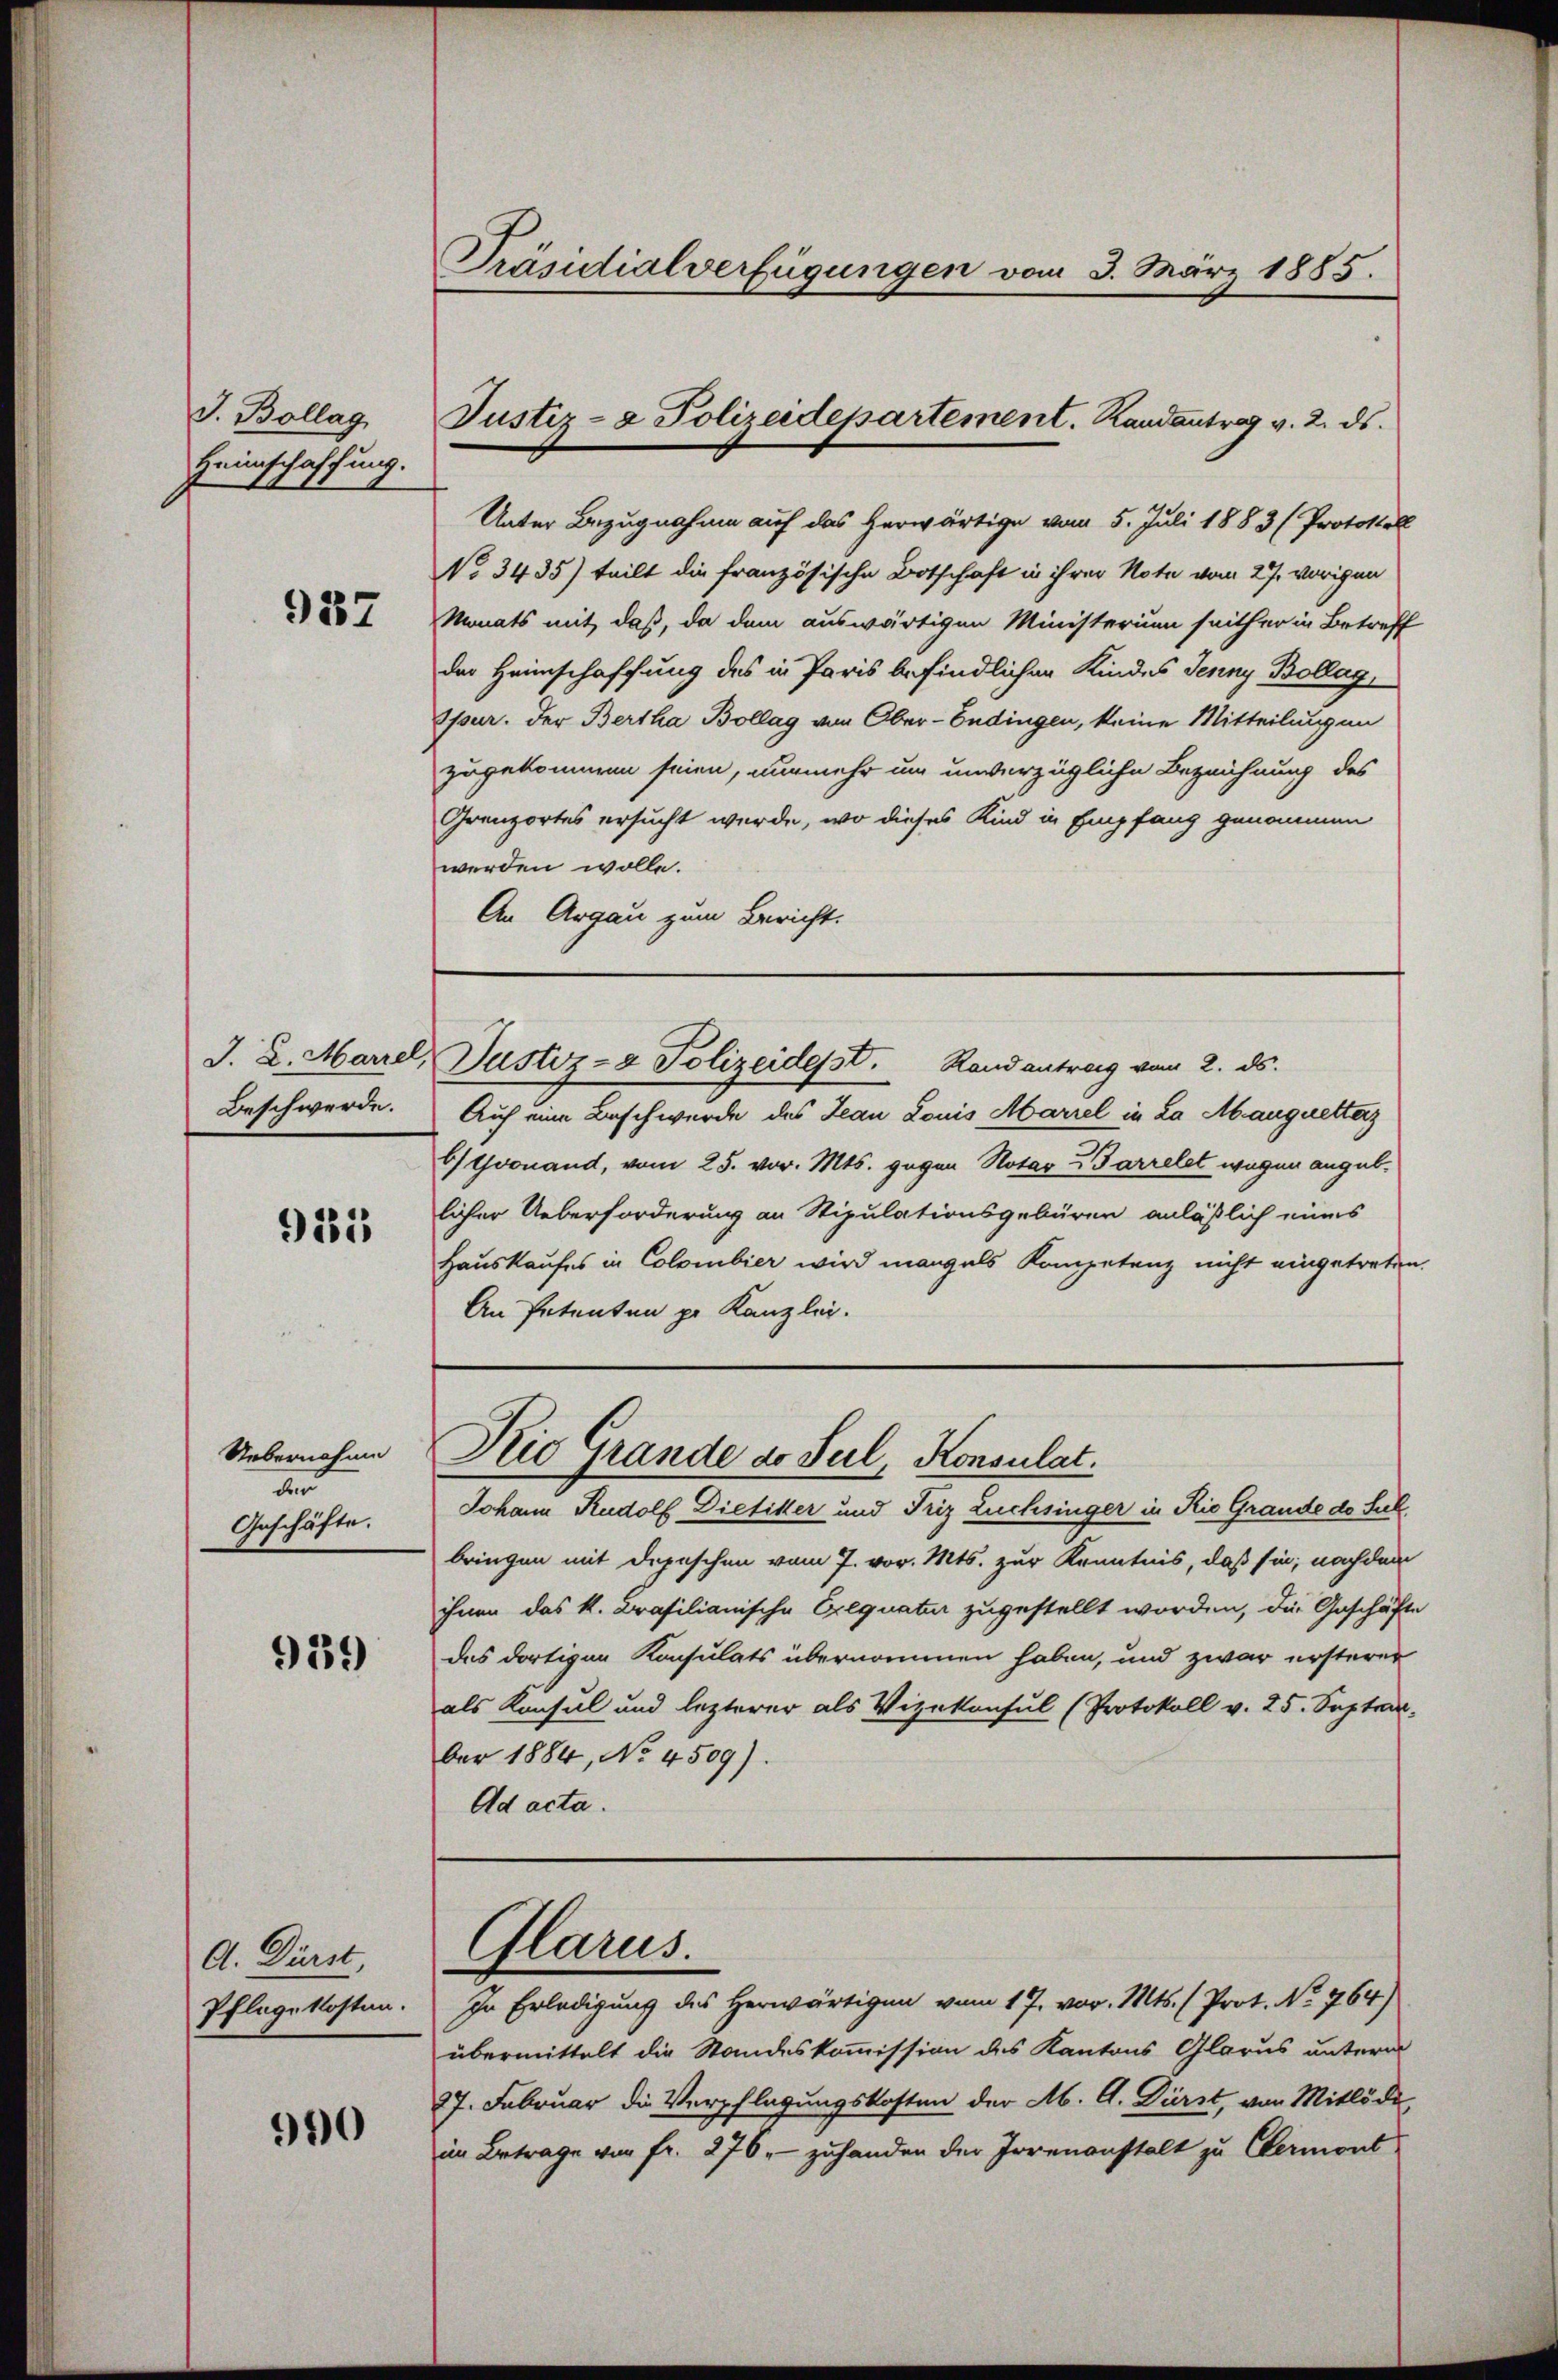
J. Bollag
Heimschaffung.

937

Beschwerde.

931

Uebernahme
den
Geschäfte.

939

990

A. Durst,
Pflege kosten.

Präsidialverfügungen vom 3. März 1885.

Justiz- & Polizeidepartement. Randantrag v. 2. ds.

Unter Bezugnahme auf das herwärtige vom 5. Juli 1883 (Protokoll
No 3435) teilt die französische Botschaft in ihrer Note vom 27. vorigen
Monats mit, daß, da dem auswärtigen Ministerium seither in Betreff
der Heimschaffung des in Paris befindlichen Kindes Jenny Bollag,
Spur. Der Bertha Bollag von Ober-Endingen, keine Mitteilung in
zugekommen seien, nunmehr um unverzügliche Bezeichnung des
Grenzortes ersucht werde, wo dieses Kind in Empfang genommen
werden wolle.
An Argau zum Bericht.
Auf eine Beschwerde des Jean Louis Mariel in La Abauquettaz
bthoonand, vom 25. vor. Mts. gegen Notar - Garrelet wegen angeblicher Ueberforderung an Stipulationsgebüren anläßlich eines
Hauskaufes in Colombier wird mangels Kompetenz nicht eingetreten.
An Petenten pr. Kanzlei.
Kie Grande ab Seil, Konsulat.
Johann Rudolf Dietiker und Friz Luchsinger in Rio Grande de Subbringen mit depeschen vom 7. vor. Mts. zur Kenntnis, daß sie, nach dem
ihnen das k. Brasilianische Exequatur zugestellt worden, die Geschäfte
des dortigen Konsulats übernommen haben, und zwar ersterer
als Konsul und lezterer als Vizekonsul (Protokoll v. 25. Septer.
ber 1884, No. 4509).
Ad acta.

J. 2. Mard, Justiz- & Polizeidesst. Rand antrag vom 2. ds.

Glarus.

In Erledigung des Herwärtigen vom 17. vor. Mts. (Prot. No. 764)
übermittelt die Standeskommission des Kantons Glarus untern
27. Februar die Verpflegungskosten der A. A. Dürst, von Mitlöde
im Betrage von fr. 276, - zuhanden der Jorenanstalt zu Clermont